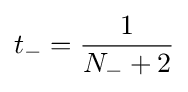
t_{-}={\frac {1}{N_{-}+2}}